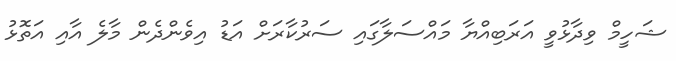
ޝަހީމް ވިދާޅުވީ އަރަބިއްޔާ މައްސަލާގައި ސަރުކާރަށް އަޑު އިވެންދެން މާލެ އާއި އަތޮޅު